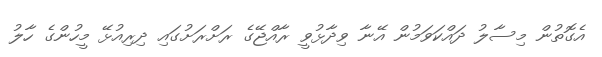
އެގޮތުން މިސާލު ދައްކަވަމުން އޭނާ ވިދާޅުވީ ރާއްޖޭގެ ރަށްރަށުގައި ދިރިއުޅޭ މީހުންގެ ހާލު